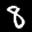
Label: 8